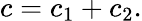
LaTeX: c=c_{1}+c_{2}.